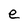
Character: e